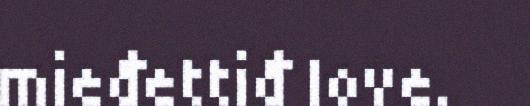
mieđettiđ love.